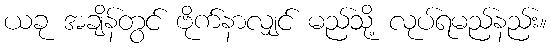
ယခု အချိန်တွင် ဗိုက်နာလျှင် မည်သို့ လုပ်ရမည်နည်း။